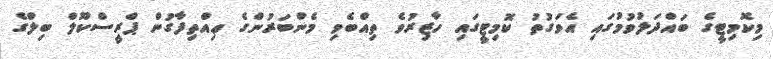
މިކޮމިޓީގެ ބައްދަލުވުމުގައި އެވަގުތު ކޮމިޓީގައި ހާޒިރުވެ ތިއްބެވި މެންބަރުންގެ ޢިއްތިފާގުން ޕްރީސްކޫލް ބިލްގެ